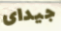
جيداى